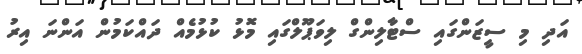
އަދި މި ސީޒަންގައި ސްޓާލިންގް ލިވަޕޫލްގައި މޮޅު ކުޅުމެއް ދައްކަމުން އަންނަ އިރު